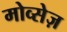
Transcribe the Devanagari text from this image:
मोव्सेज़